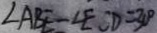
\angle A B E - \angle E S D = 3 0 ^ { \circ }